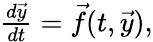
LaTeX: \begin{array}{r}{\frac{d\vec{y}}{dt}=\vec{f}(t,\vec{y}),}\end{array}